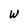
Character: W